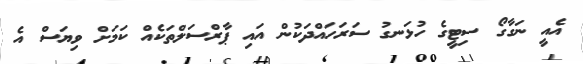
އެއީ ނަގާގޯ ސިޓީގެ ހުޅަނގު ސަރަހައްދަކުން އައި ޕާރްސަލްތަކެއް ކަމަށް ވިޔަސް އެ